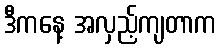
ဒီကနေ့ အလှည့်ကျတာက